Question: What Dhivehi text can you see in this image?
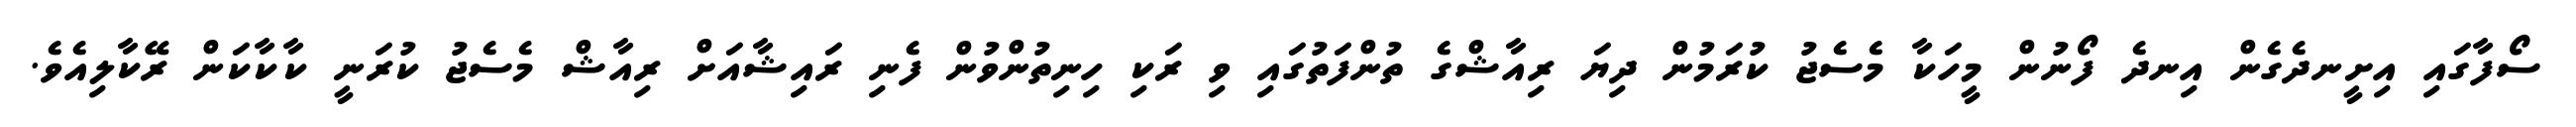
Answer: ސޯފާގައި އިށީނދެގެން އިނދެ ފޯނުން މީހަކާ މެސެޖު ކުރަމުން ދިޔަ ރިއާޝްގެ ތުންފަތުގައި ވި ރަކި ހިނިތުންވުން ފެނި ރައިޝާއަށް ރިއާޝް މެސެޖު ކުރަނީ ކާކާކަން ރޭކާލިއެވެ.